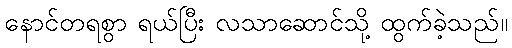
နောင်တရစွာ ရယ်ပြီး လသာဆောင်သို့ ထွက်ခဲ့သည်။